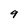
Character: 9